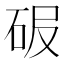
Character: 𥑊